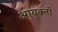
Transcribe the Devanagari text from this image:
आयुक्तॉ